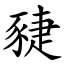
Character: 䝊